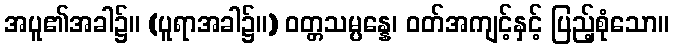
အပူ၏အခါ၌။ (ပူရာအခါ၌။) ဝတ္တသမ္ပန္နေ၊ ဝတ်အကျင့်နှင့် ပြည့်စုံသော။